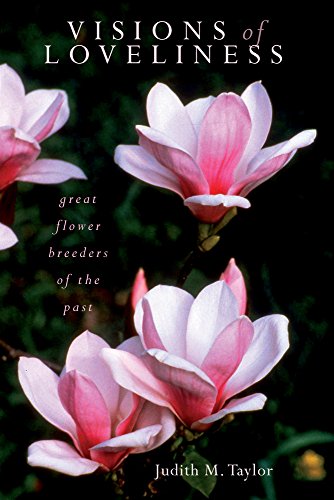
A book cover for Visions of Loveliness: Great Flower Breeders of the Past; Judith M. Taylor; Crafts, Hobbies & Home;